system: You are a helpful assistant.
user:
Analyze the provided spectrum to determine if it is a **White Dwarf (WD)**.

A White Dwarf spectrum is defined by its **extreme purity** (due to gravitational settling) and/or **extreme pressure broadening** (due to high surface gravity). You must check for one of the following mutually exclusive signatures:

- **Key Visual Indicators (Check for ONE of these types):**

    - **1. DA-Type Signature (Most Common):**
        - **(Primary Feature):** Extreme pressure broadening (Stark broadening) of the **Hydrogen (H) Balmer lines**.
        - **(Key Lines):** $H\beta$ (approx. $4861$ Å) and $H\gamma$ (approx. $4340$ Å). $H\alpha$ (approx. $6563$ Å) will also be present if the wavelength range covers it.
        - **(Line Profile):** This is the **defining feature**. The lines are **NOT** sharp. They appear as massive, **extremely broad and deep "troughs" or "dips"** in the spectrum, often hundreds of Ångströms wide. The continuum will appear to "scoop" down at these wavelengths.
        - **(Distinction):** Normal A-type or B-type stars have *narrow* and *sharp* Hydrogen lines. A DA White Dwarf's lines are unmistakably "smeared" or "blurry" from pressure.

    - **2. DB-Type Signature:**
        - **(Primary Feature):** Broad absorption lines from **Neutral Helium (He I)**. The spectrum must lack any visible Hydrogen lines.
        - **(Key Lines):** Look for broad absorption near $4471$ Å, $4921$ Å, and $5876$ Å.
        - **(Line Profile):** These lines are also significantly pressure-broadened, appearing much wider than they would in a normal B-type main-sequence star.

    - **3. DC-Type Signature:**
        - **(Primary Feature):** A **featureless continuous spectrum**.
        - **(Line Profile):** The spectrum is a smooth curve with **no significant absorption or emission lines**.
        - **(Key Confirmation):** The continuum is almost always **blue or white**, indicating a hot object. This signature implies the atmosphere is so pure (or so cool) that no spectral lines are visible in the optical range. Its WD identity is confirmed by its extremely low intrinsic brightness (high absolute magnitude).

    - **4. DZ-Type Signature (Metal-Polluted):**
        - **(Primary Feature):** **Isolated, narrow metal absorption lines** on an otherwise featureless (DC-like) continuum.
        - **(Key Lines):** The **Calcium (Ca II) H & K doublet** (approx. **$3934$ Å** and **$3968$ Å**) is the most common and defining feature.
        - **(Line Profile):** These lines are "out of place." They are *not* part of a "forest" of thousands of lines. This signature is evidence of recent *accretion* (pollution) from rocky debris.
        - **(Distinction):** Normal G/K/M stars have a *dense forest* of thousands of metal lines. A DZ has a *clean* continuum with *only a few* strong metal lines.

    - **5. DQ-Type Signature (Carbon-Polluted):**
        - **(Primary Feature):** Absorption bands from **Carbon (C₂ "Swan Bands" or atomic C I)**.
        - **(Key Lines - C₂):** Look for bandheads with a "saw-tooth" shape near $5635$ Å, **$5165$ Å** (strongest), and $4737$ Å.
        - **(Key Confirmation):** The underlying **continuum must be blue or white** (hot).
        - **(Distinction):** This is the critical difference from a **Carbon Star**, which has the *exact same* C₂ bands but on an extremely **red, cool** continuum.

- **(Overall Spectrum):**
    - The continuum (overall shape) is typically **blue-sloping** (brighter in the blue than the red), as most white dwarfs are very hot.
    - The spectrum will look "pure" or "simple," dominated by only *one* of the five signatures listed above.

Think first, call **spectral_visualization_tool** if needed to examine features in detail, then provide your final answer. Your response must adhere to the following strict rules:
1.  **Overall Structure:** Your response must follow the format `<think>...</think> <tool_call>...</tool_call> (if a tool is used) <answer>...</answer>`.
2.  **Tool Usage Constraint:** You may only make **one** tool call per turn.
3.  **Final Answer Format:** In the `<answer>` tag, your conclusion must be inside a `\boxed{}` command (e.g., `\boxed{YES}` or `\boxed{NO}`), followed by your justification.

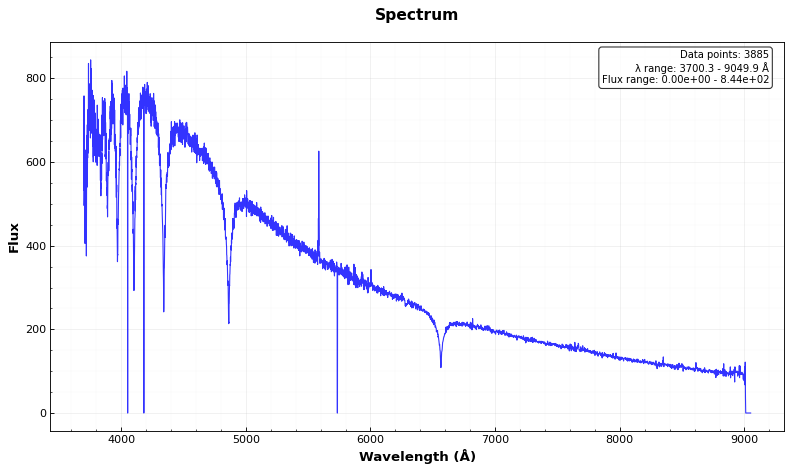
Answer: YES